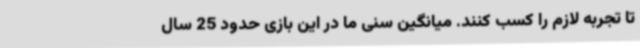
تا تجربه لازم را کسب کنند. میانگین سنی ما در این بازی حدود 25 سال